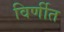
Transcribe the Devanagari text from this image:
विर्णीत